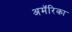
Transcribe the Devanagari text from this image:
अमॅरिका